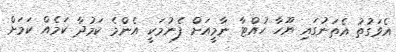
އެވަގުތު އެތަނުގައި ޔޫހާ ހުއްޓާ ނާމީއަށް ފެނުމަކީ އެންމެ ކަމުދާ ކަމެއް ކަމަށް